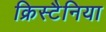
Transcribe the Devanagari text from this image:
क्रिस्टैनिया